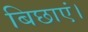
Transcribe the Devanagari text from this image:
बिछाएं।